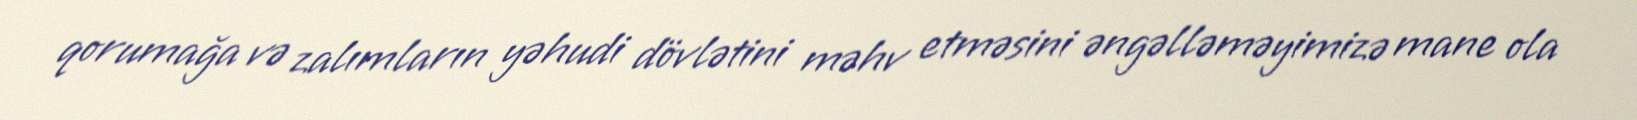
qorumağa və zalımların yəhudi dövlətini məhv etməsini əngəlləməyimizə mane ola